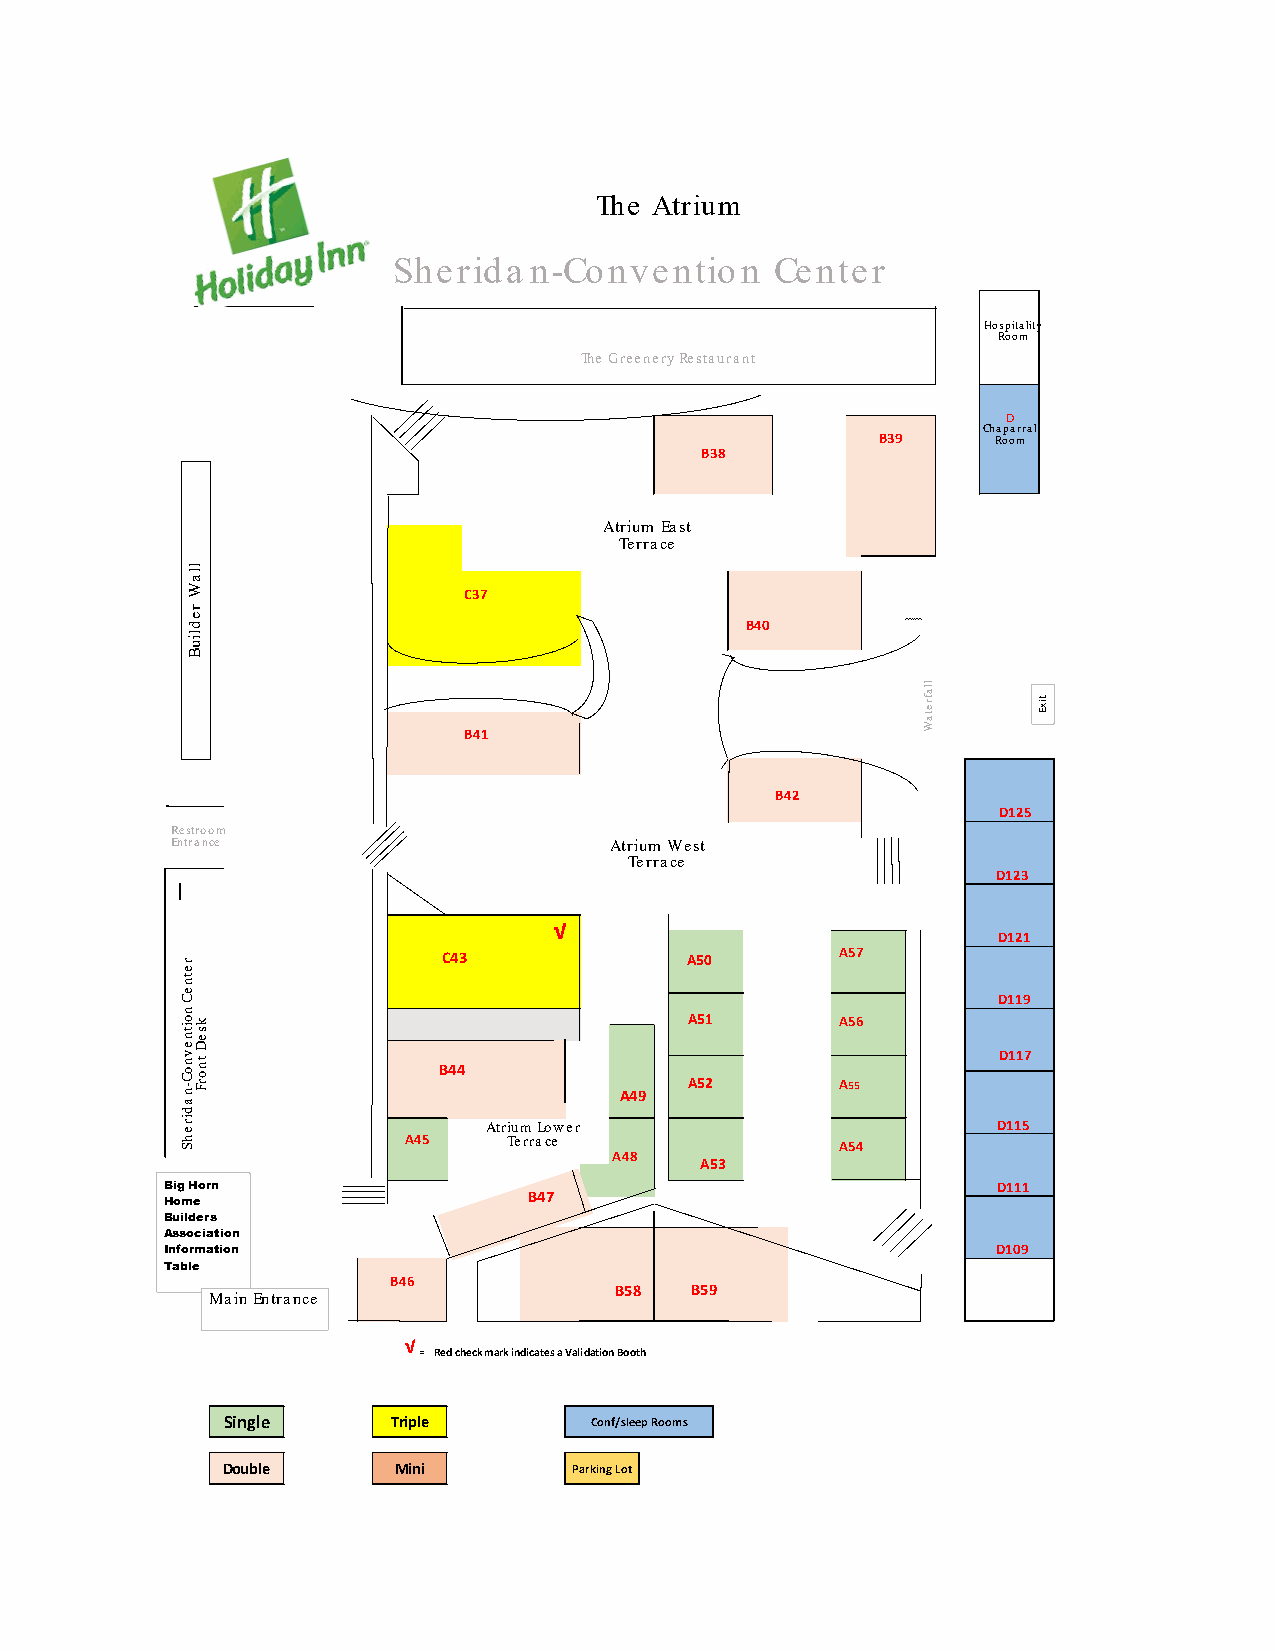
The Atrium
 Sherida  n-Convention    Center
 Hospitality
 Room
 The GreeneryRestaurant
 D
 Chaparral
 B39     Room
 B38
 Atrium East
 Terrace
 C37
 B40
 B41
 B42
 D125
 Restroom
 Entrance                     Atrium West
 Terrace
 D123
 √
 D121
 C43              A50       A57
 D119
 A51       A56
 D117
 B44
 A52       A55
 A49
 Atrium Lower                      D115
 A45    Terrace               A54
 A48
 A53
 Big Horn                                               D111
 Home                    B47
 Builders
 Association
 Information                                            D109
 Table
 B46
 B58  B59
 Main Entrance
 √
 = Red check mark indicates a Validation Booth
 Single     Triple       Conf/sleep Rooms
 Double     Mini        Parking Lot
 retneC
 noitnevnoC-nadirehS
 llaW
 redliuB
 kseD
 tnorF
 llafretaW
 tixE